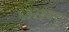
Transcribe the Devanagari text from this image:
६३२३क्यू